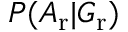
P ( A _ { \mathrm { r } } | G _ { \mathrm { r } } )